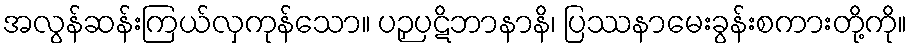
အလွန်ဆန်းကြယ်လှကုန်သော။ ပဉှပဋိဘာနာနိ၊ ပြဿနာမေးခွန်းစကားတို့ကို။